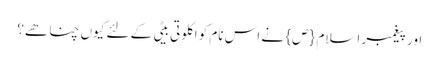
اور پیغمبر اسلام {ص} نے اس نام کو اکلوتی بیٹی کے لئے کیوں چنا ھے؟